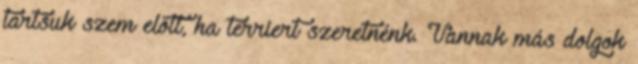
tartsuk szem előtt, ha terriert szeretnénk. Vannak más dolgok